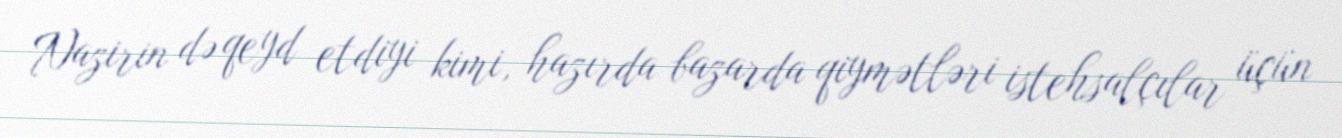
Nazirin də qeyd etdiyi kimi, hazırda bazarda qiymətləri istehsalçılar üçün